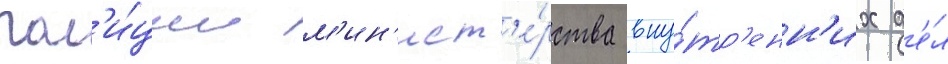
пол'и́ции м'ин'ист'е́рства вну́тр'енн'их д'е́л